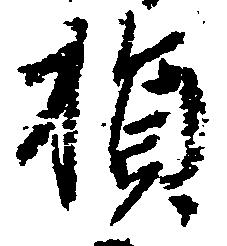
損